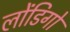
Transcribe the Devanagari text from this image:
लोंडिगो